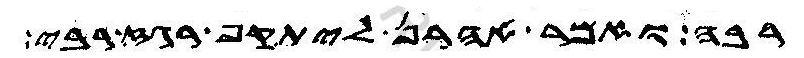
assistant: רבה ואמר אהרן ליתקף רגז רבי